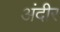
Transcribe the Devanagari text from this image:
अंदीर